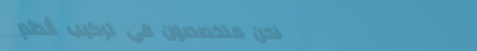
نحن متخصصون في تركيب أنظم